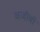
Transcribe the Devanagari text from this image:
अजीबो